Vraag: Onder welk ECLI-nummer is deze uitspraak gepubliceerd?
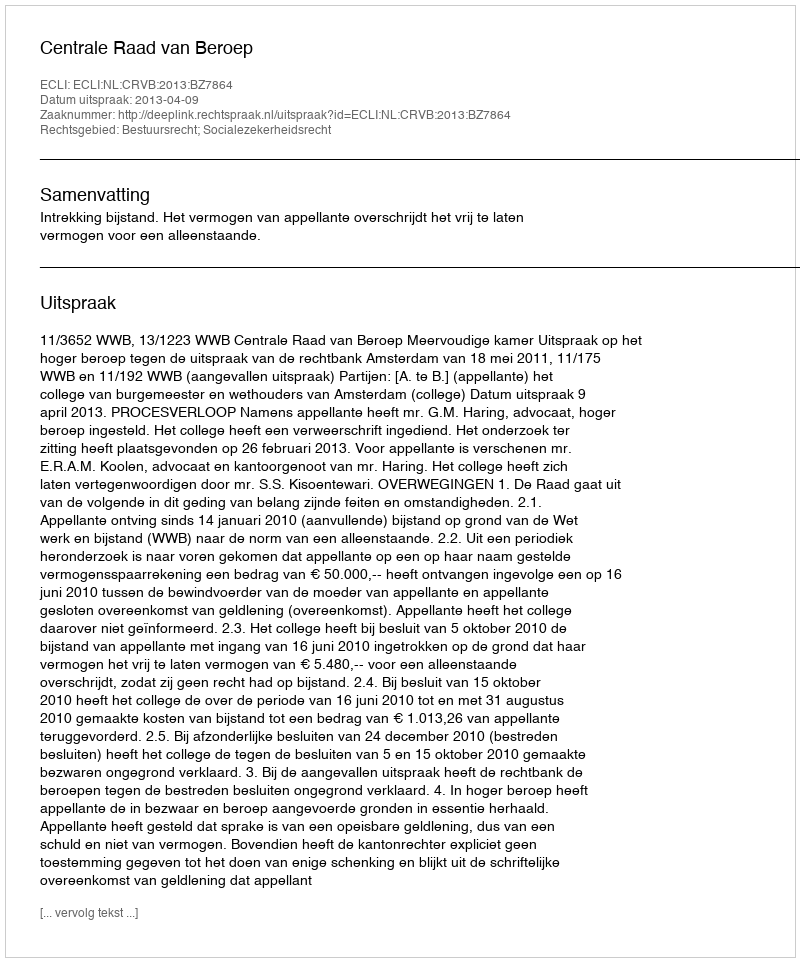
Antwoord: ECLI:NL:CRVB:2013:BZ7864